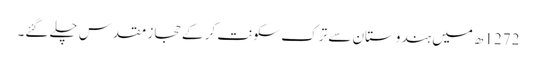
1272ھ میں ہندوستان سے ترک سکونت کر کے حجاز مقدس چلے گئے۔